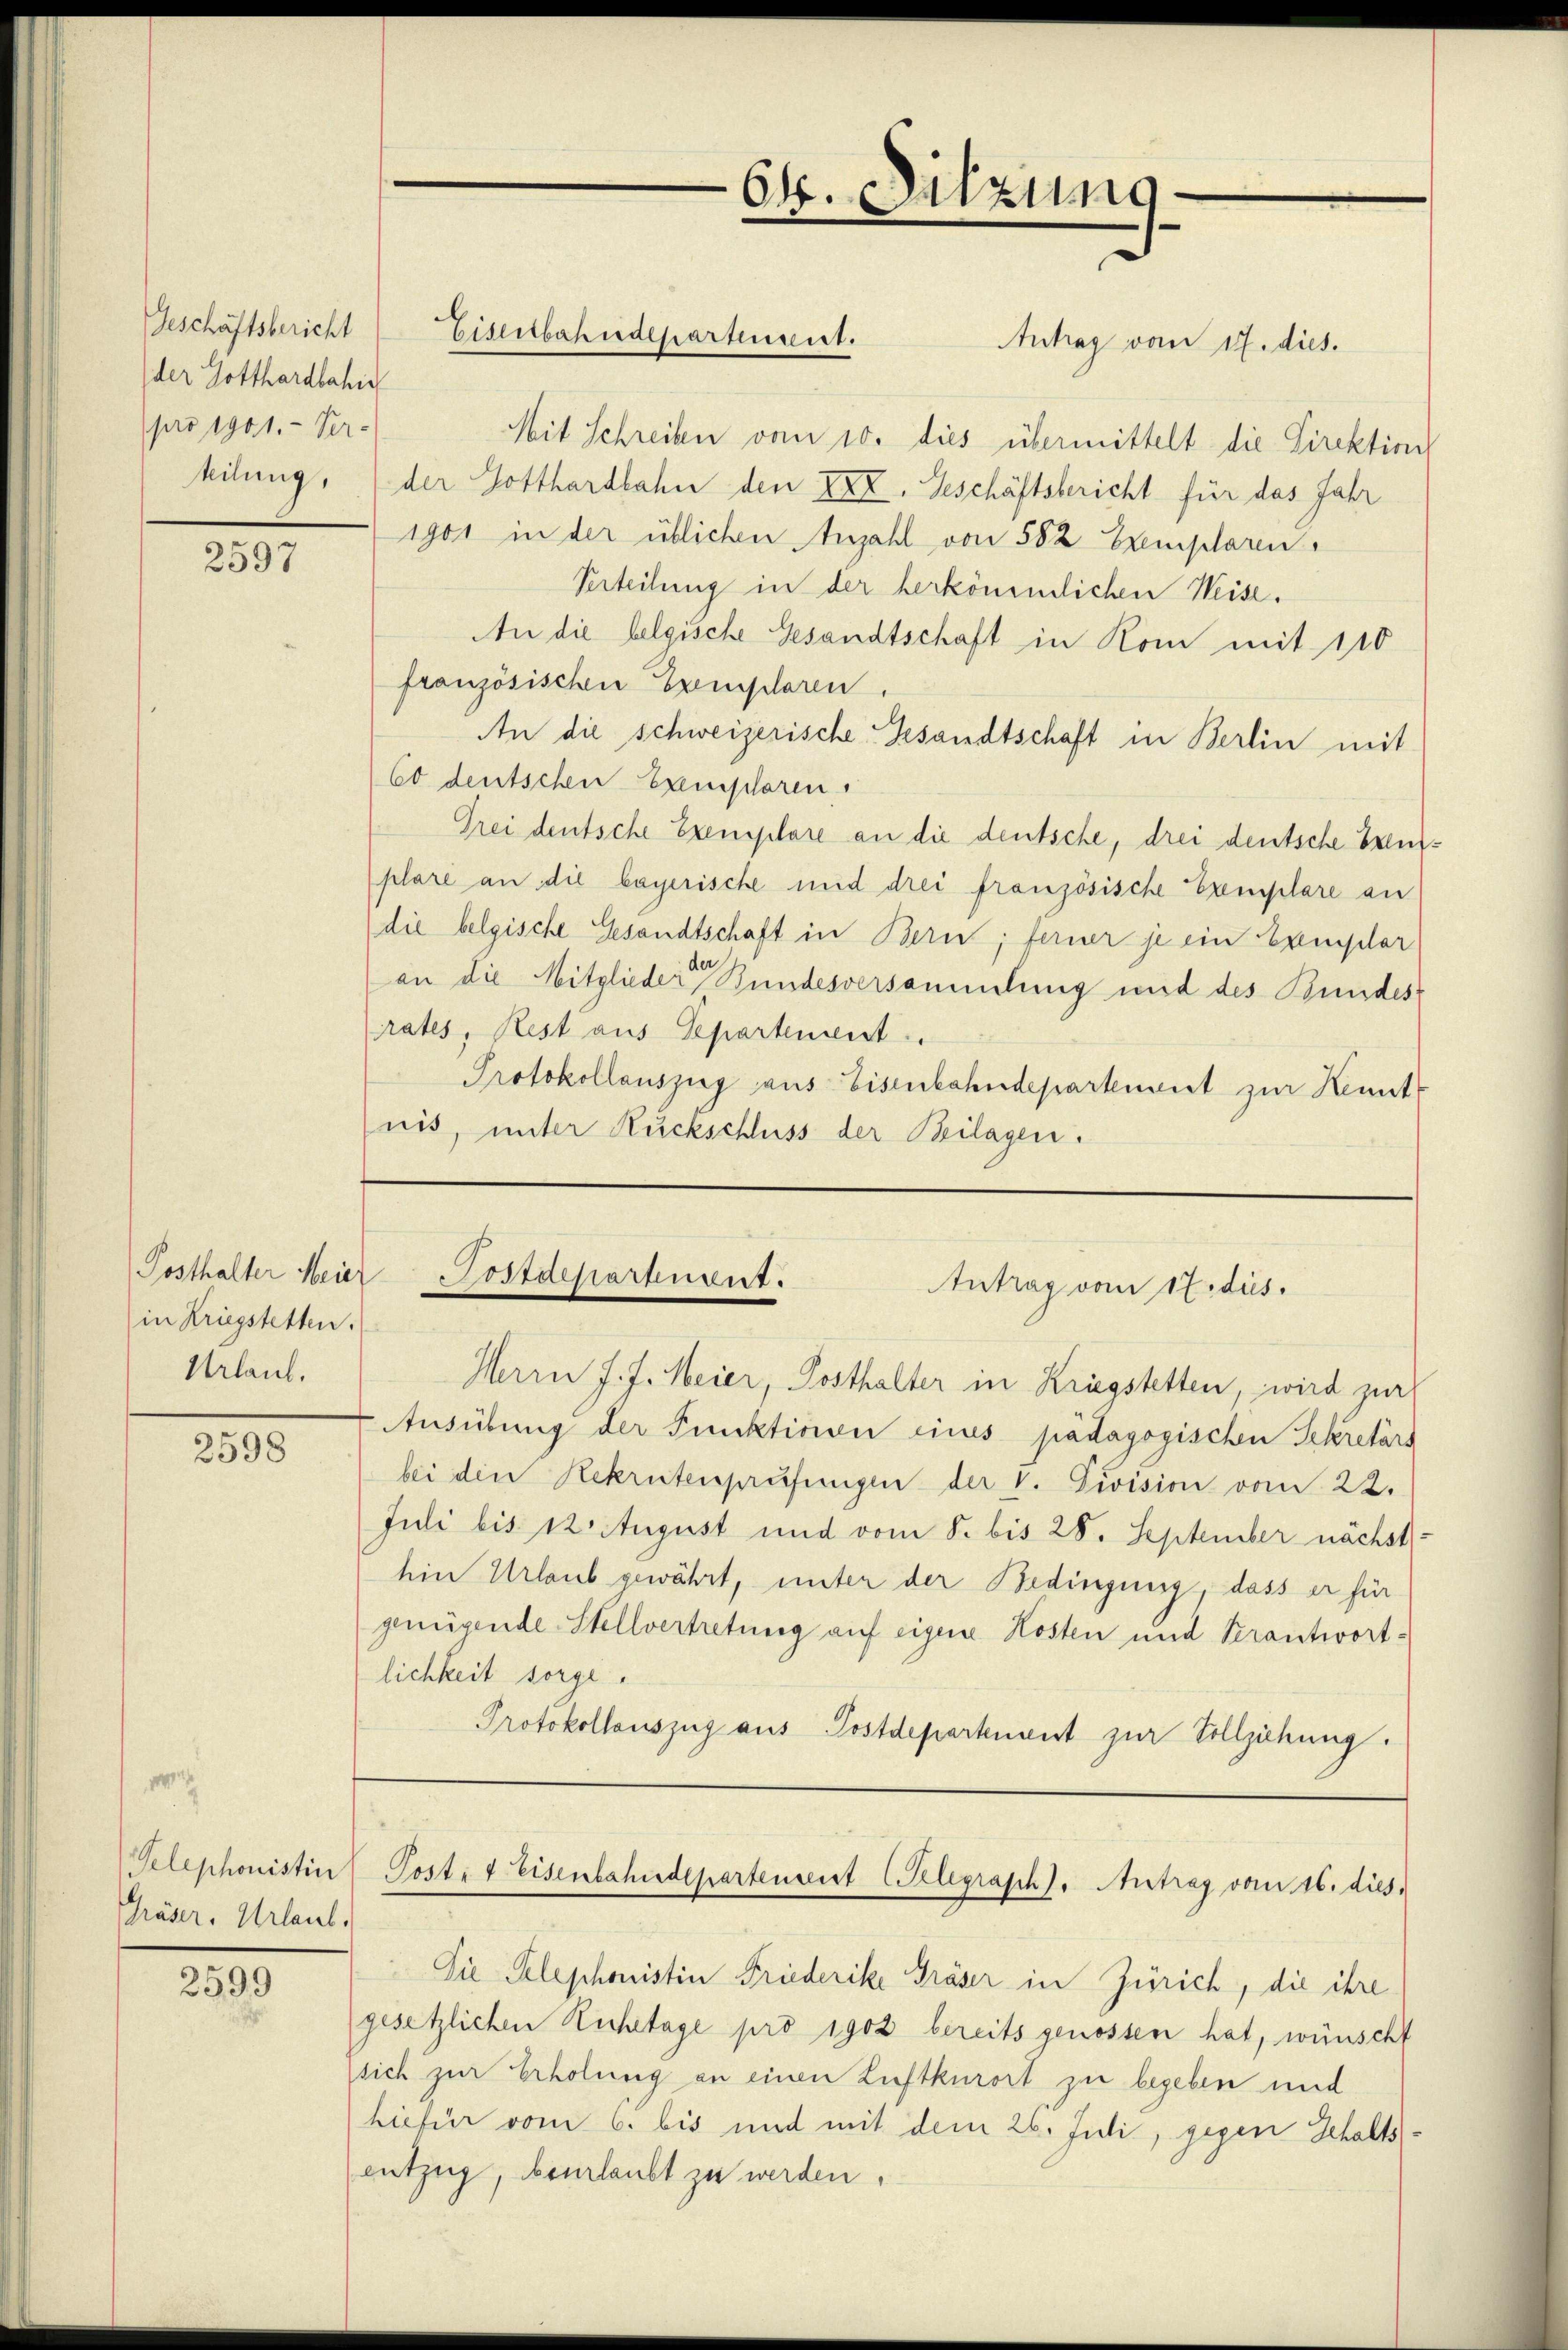
Geschäftsbericht
der Gotthardbahn
pro 1901.- Ver-
hilung,

2597

in Kriegstetten.
Urlaub.

2598

Telephonistin
Präser. Urlaub.

2599

Antrag vom 17. dies.
Mit Schreiben vom 10. dies übermittelt die Direktion
der Gotthardbahn den XXX. Geschäftsbericht für das Jahr
1901 in der üblichen Anzahl von 582 Exemplaren
Verteilung in der herkömmlichen Weise.
An die belgische Gesandtschaft in Rom mit 110
französischen Exemplaren
An die schweizerische Gesandtschaft in Berlin mit
60 deutschen Exemplaren.
Frei deutsche Exemplare an die deutsche, drei deutsche Brenplare an die bayerische und drei französische Exemplare an
die belgische Gesandtschaft in Bern; ferner je ein Exemplar
an die Mitglieder Bundesversammlung und des Bundes-
rates, Rest aus Separtement.
Protokollauszug aus Eisenbahndepartement zur Kennt
nis, unter Rückschluss der Beilagen.

Eisenbahndepartement.

64. Sitzung
¬

Posthalter Meier Postdepartient.
Antrag vom 17. dus.

Herrn J. J. Meier Posthalter in Kriegstetten, wird zur
Ausübung der Punktivie cines pädagogischen Sekretärs
bei den Rekrutenprüfungen der V. Division vom 22.
Juli bis 12. August und vom 8. bis 28. September nächst
hin Urlaub gewährt, unter der Bedingung, dass er für
genügende Stellvertretung auf eigene Kosten und Verantwort-
lichkeit sorge.
Protokollauszug aus Postdepartenant zur Vollziehung.

Die Telephonistin Friederike Präser in Zürich, die ihre
gesetzlichen Ruhetage pro 1902 bereits genossen hat, wünscht
(sich zur Erholung an einen Luftkurort zu begeben und
hiefür vom 6. bis und mit dem 26. Juli, gegen Gehaltsentzug, verlaubt zu werden.

Post- & Eisenbahndepartenseit Gelegraph). Antrag vom 16. dies